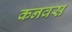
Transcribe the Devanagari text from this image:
कनवस